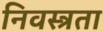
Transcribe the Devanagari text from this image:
निवस्त्रता